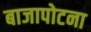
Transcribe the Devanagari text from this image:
बाजापोटना